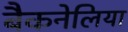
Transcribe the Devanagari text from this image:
बैकनेलिया